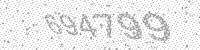
Solution: 694799